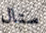
ستال